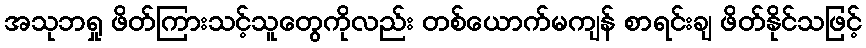
အသုဘရှု ဖိတ်ကြားသင့်သူတွေကိုလည်း တစ်ယောက်မကျန် စာရင်းချ ဖိတ်နိုင်သဖြင့်